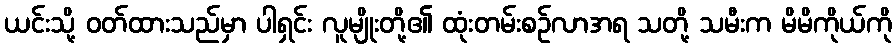
ယင်းသို့ ဝတ်ထားသည်မှာ ပါရှင်း လူမျိုးတို့၏ ထုံးတမ်းစဉ်လာအရ သတို့ သမီးက မိမိကိုယ်ကို